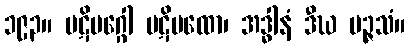
၁၉၃။ ပဋိမဂ္ဂေါ ပဋိပထော၊ အဒ္ဓါနံ ဒီဃ မဉ္ဇသံ။